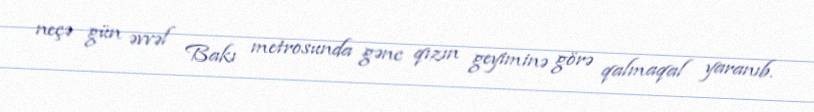
neçə gün əvvəl Bakı metrosunda gənc qızın geyiminə görə qalmaqal yaranıb.